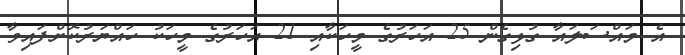
އެ މައްސަލައާ ގުޅިގެން 25 އަހަރުގެ މީހަކާއި 21 އަހަރުގެ މީހަކު ހައްޔަރުކޮށްފައިވާ